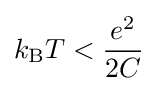
k_{\rm {B}}T<{\frac {e^{2}}{2C}}